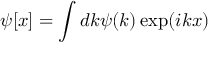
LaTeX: \psi [ x ] = \int d k \psi ( k ) \exp ( i k x )